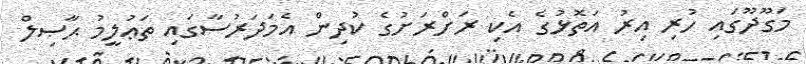
މަގޫދޫގައި ހުރި އިރު އަތޮޅުގެ އެކި ރަށްރަށުގެ ކުދިން އެމަދަރުސާގައި ތަޢުލީމު ޙާޞިލް